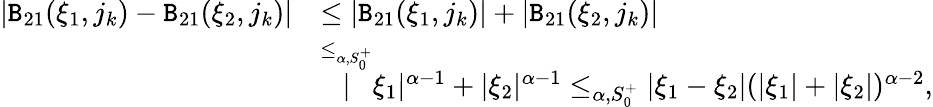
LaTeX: \begin{array}{rl}{|\mathtt{B}_{21}(\xi_{1},j_{k})-\mathtt{B}_{21}(\xi_{2},j_{k})|}&{\le|\mathtt{B}_{21}(\xi_{1},j_{k})|+|\mathtt{B}_{21}(\xi_{2},j_{k})|}\\ &{\overset{\le_{\alpha,S_{0}^{+}}}|\xi_{1}|^{\alpha-1}+|\xi_{2}|^{\alpha-1}\le_{\alpha,S_{0}^{+}}|\xi_{1}-\xi_{2}|(|\xi_{1}|+|\xi_{2}|)^{\alpha-2},}\end{array}